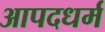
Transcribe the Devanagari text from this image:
आपदधर्म